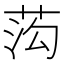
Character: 𱽬